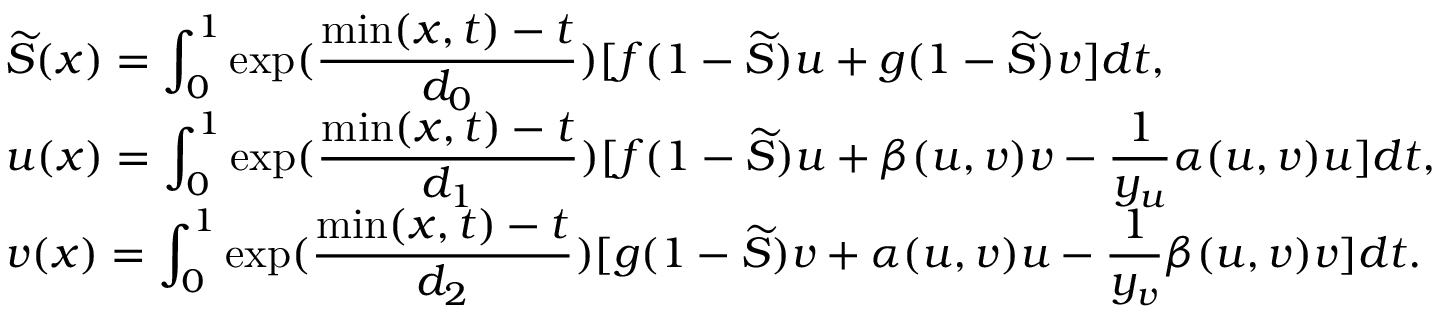
\begin{array} { l l l l } & { \widetilde { S } ( x ) = \displaystyle \int _ { 0 } ^ { 1 } \exp ( \frac { \operatorname* { m i n } ( x , t ) - t } { d _ { 0 } } ) [ f ( 1 - \widetilde { S } ) u + g ( 1 - \widetilde { S } ) v ] d t , } \\ & { u ( x ) = \displaystyle \int _ { 0 } ^ { 1 } \exp ( \frac { \operatorname* { m i n } ( x , t ) - t } { d _ { 1 } } ) [ f ( 1 - \widetilde { S } ) u + \beta ( u , v ) v - \frac { 1 } { y _ { u } } \alpha ( u , v ) u ] d t , } \\ & { v ( x ) = \displaystyle \int _ { 0 } ^ { 1 } \exp ( \frac { \operatorname* { m i n } ( x , t ) - t } { d _ { 2 } } ) [ g ( 1 - \widetilde { S } ) v + \alpha ( u , v ) u - \frac { 1 } { y _ { v } } \beta ( u , v ) v ] d t . } \end{array}